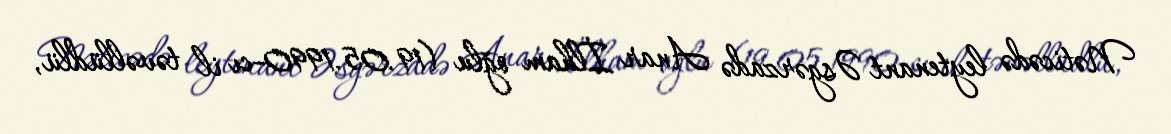
Nəticədə leytenant Əsgərzadə Anar İlham oğlu (19.05.1990-cı il təvəllüdlü,